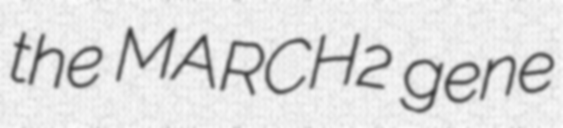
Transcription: the MARCH2 gene